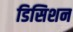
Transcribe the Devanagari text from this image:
डिसिशन